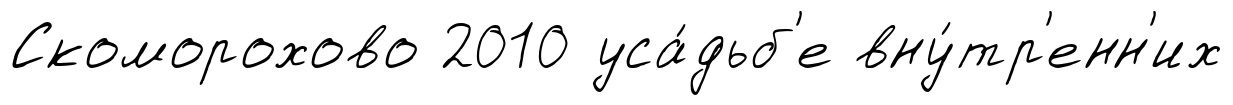
Скоморохово 2010 уса́дьб'е вну́тр'енн'их